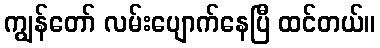
ကျွန်တော် လမ်းပျောက်နေပြီ ထင်တယ်။